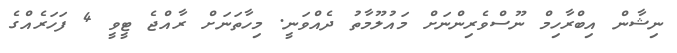
ނިޝާން އިބްރާހިމް ނޫސްވެރިންނަށް މައުލޫމާތު ދެއްވަނީ. މިހާތަނަށް ރާއްޖެ ޓީވީ 4 ފަހަރެއްގެ